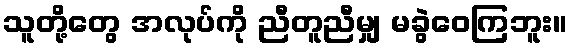
သူတို့တွေ အလုပ်ကို ညီတူညီမျှ မခွဲဝေကြဘူး။